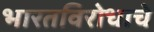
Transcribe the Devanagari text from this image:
भारतविरोधाचे